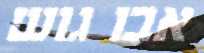
אבו גוש